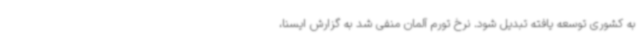
به کشوری توسعه یافته تبدیل شود. نرخ تورم آلمان منفی شد به گزارش ایسنا،